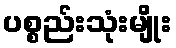
ပစ္စည်းသုံးမျိုး